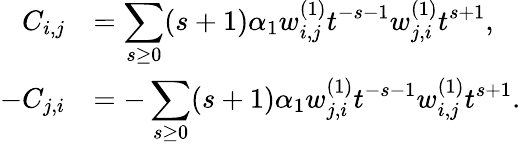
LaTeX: \begin{array}{rl}{C_{i,j}}&{=\displaystyle\sum_{s\geq 0}(s+1)\alpha_{1}w_{i,j}^{(1)}t^{-s-1}w_{j,i}^{(1)}t^{s+1},}\\ {-C_{j,i}}&{=-\displaystyle\sum_{s\geq 0}(s+1)\alpha_{1}w_{j,i}^{(1)}t^{-s-1}w_{i,j}^{(1)}t^{s+1}.}\end{array}